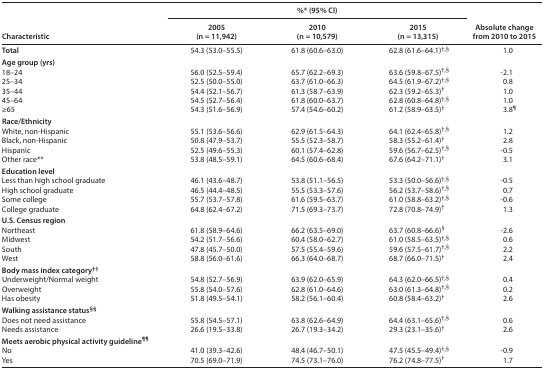
<table><thead><tr><td rowspan="3"><b>Characteristic</b></td><td colspan="3"><b>%* (95% CI)</b></td><td rowspan="3"><b>Absolute change from 2010 to 2015</b></td></tr><tr><td><b>2005 </b></td><td><b>2010 </b></td><td><b>2015 </b></td></tr><tr><td><b>(n = 11,942)</b></td><td><b>(n = 10,579)</b></td><td><b>(n = 13,315)</b></td></tr></thead><tbody><tr><td><b>Total</b></td><td>54.3 (53.0–55.5)</td><td>61.8 (60.6–63.0)</td><td>62.8 (61.6–64.1)<sup>†,§</sup></td><td>1.0</td></tr><tr><td colspan="5"><b>Age group (yrs)</b></td></tr><tr><td>18–24</td><td>56.0 (52.5–59.4)</td><td>65.7 (62.2–69.3)</td><td>63.6 (59.8–67.5)<sup>†,§</sup></td><td>−2.1</td></tr><tr><td>25–34</td><td>52.5 (50.0–55.0)</td><td>63.7 (61.0–66.3)</td><td>64.5 (61.9–67.2)<sup>†,§</sup></td><td>0.8</td></tr><tr><td>35–44</td><td>54.4 (52.1–56.7)</td><td>61.3 (58.7–63.9)</td><td>62.3 (59.2–65.3)<sup>†</sup></td><td>1.0</td></tr><tr><td>45–64</td><td>54.5 (52.7–56.4)</td><td>61.8 (60.0–63.7)</td><td>62.8 (60.8–64.8)<sup>†,§</sup></td><td>1.0</td></tr><tr><td>≥65</td><td>54.3 (51.6–56.9)</td><td>57.4 (54.6–60.2)</td><td>61.2 (58.9–63.5)<sup>†</sup></td><td>3.8<sup>¶</sup></td></tr><tr><td colspan="5"><b>Race/Ethnicity</b></td></tr><tr><td>White, non-Hispanic</td><td>55.1 (53.6–56.6)</td><td>62.9 (61.5–64.3)</td><td>64.1 (62.4–65.8)<sup>†,§</sup></td><td>1.2</td></tr><tr><td>Black, non-Hispanic</td><td>50.8 (47.9–53.7)</td><td>55.5 (52.3–58.7)</td><td>58.3 (55.2–61.4)<sup>†</sup></td><td>2.8</td></tr><tr><td>Hispanic</td><td>52.5 (49.6–55.3)</td><td>60.1 (57.4–62.8)</td><td>59.6 (56.7–62.5)<sup>†,§</sup></td><td>−0.5</td></tr><tr><td>Other race**</td><td>53.8 (48.5–59.1)</td><td>64.5 (60.6–68.4)</td><td>67.6 (64.2–71.1)<sup>†</sup></td><td>3.1</td></tr><tr><td colspan="5"><b>Education level</b></td></tr><tr><td>Less than high school graduate</td><td>46.1 (43.6–48.7)</td><td>53.8 (51.1–56.5)</td><td>53.3 (50.0–56.6)<sup>†,§</sup></td><td>−0.5</td></tr><tr><td>High school graduate</td><td>46.5 (44.4–48.5)</td><td>55.5 (53.3–57.6)</td><td>56.2 (53.7–58.6)<sup>†,§</sup></td><td>0.7</td></tr><tr><td>Some college</td><td>55.7 (53.7–57.8)</td><td>61.6 (59.5–63.7)</td><td>61.0 (58.8–63.2)<sup>†,§</sup></td><td>−0.6</td></tr><tr><td>College graduate</td><td>64.8 (62.4–67.2)</td><td>71.5 (69.3–73.7)</td><td>72.8 (70.8–74.9)<sup>†</sup></td><td>1.3</td></tr><tr><td colspan="5"><b>U.S. Census region</b></td></tr><tr><td>Northeast</td><td>61.8 (58.9–64.6)</td><td>66.2 (63.5–69.0)</td><td>63.7 (60.8–66.6)<sup>§</sup></td><td>−2.6</td></tr><tr><td>Midwest</td><td>54.2 (51.7–56.6)</td><td>60.4 (58.0–62.7)</td><td>61.0 (58.5–63.5)<sup>†,§</sup></td><td>0.6</td></tr><tr><td>South</td><td>47.8 (45.7–50.0)</td><td>57.5 (55.4–59.6)</td><td>59.6 (57.5–61.7)<sup>†,§</sup></td><td>2.2</td></tr><tr><td>West</td><td>58.8 (56.0–61.6)</td><td>66.3 (64.0–68.7)</td><td>68.7 (66.0–71.5)<sup>†</sup></td><td>2.4</td></tr><tr><td colspan="5"><b>Body mass index category<sup>††</sup></b></td></tr><tr><td>Underweight/Normal weight</td><td>54.8 (52.7–56.9)</td><td>63.9 (62.0–65.9)</td><td>64.3 (62.0–66.5)<sup>†,§</sup></td><td>0.4</td></tr><tr><td>Overweight</td><td>55.8 (54.0–57.6)</td><td>62.8 (61.0–64.6)</td><td>63.0 (61.3–64.8)<sup>†,§</sup></td><td>0.2</td></tr><tr><td>Has obesity</td><td>51.8 (49.5–54.1)</td><td>58.2 (56.1–60.4)</td><td>60.8 (58.4–63.2)<sup>†</sup></td><td>2.6</td></tr><tr><td colspan="5"><b>Walking assistance status<sup>§§</sup></b></td></tr><tr><td>Does not need assistance</td><td>55.8 (54.5–57.1)</td><td>63.8 (62.6–64.9)</td><td>64.4 (63.1–65.6)<sup>†,§</sup></td><td>0.6</td></tr><tr><td>Needs assistance</td><td>26.6 (19.5–33.8)</td><td>26.7 (19.3–34.2)</td><td>29.3 (23.1–35.6)<sup>†</sup></td><td>2.6</td></tr><tr><td colspan="5"><b>Meets aerobic physical activity guideline<sup>¶¶</sup></b></td></tr><tr><td>No</td><td>41.0 (39.3–42.6)</td><td>48.4 (46.7–50.1)</td><td>47.5 (45.5–49.4)<sup>†,§</sup></td><td>−0.9</td></tr><tr><td>Yes</td><td>70.5 (69.0–71.9)</td><td>74.5 (73.1–76.0)</td><td>76.2 (74.8–77.5)<sup>†</sup></td><td>1.7</td></tr></tbody></table>